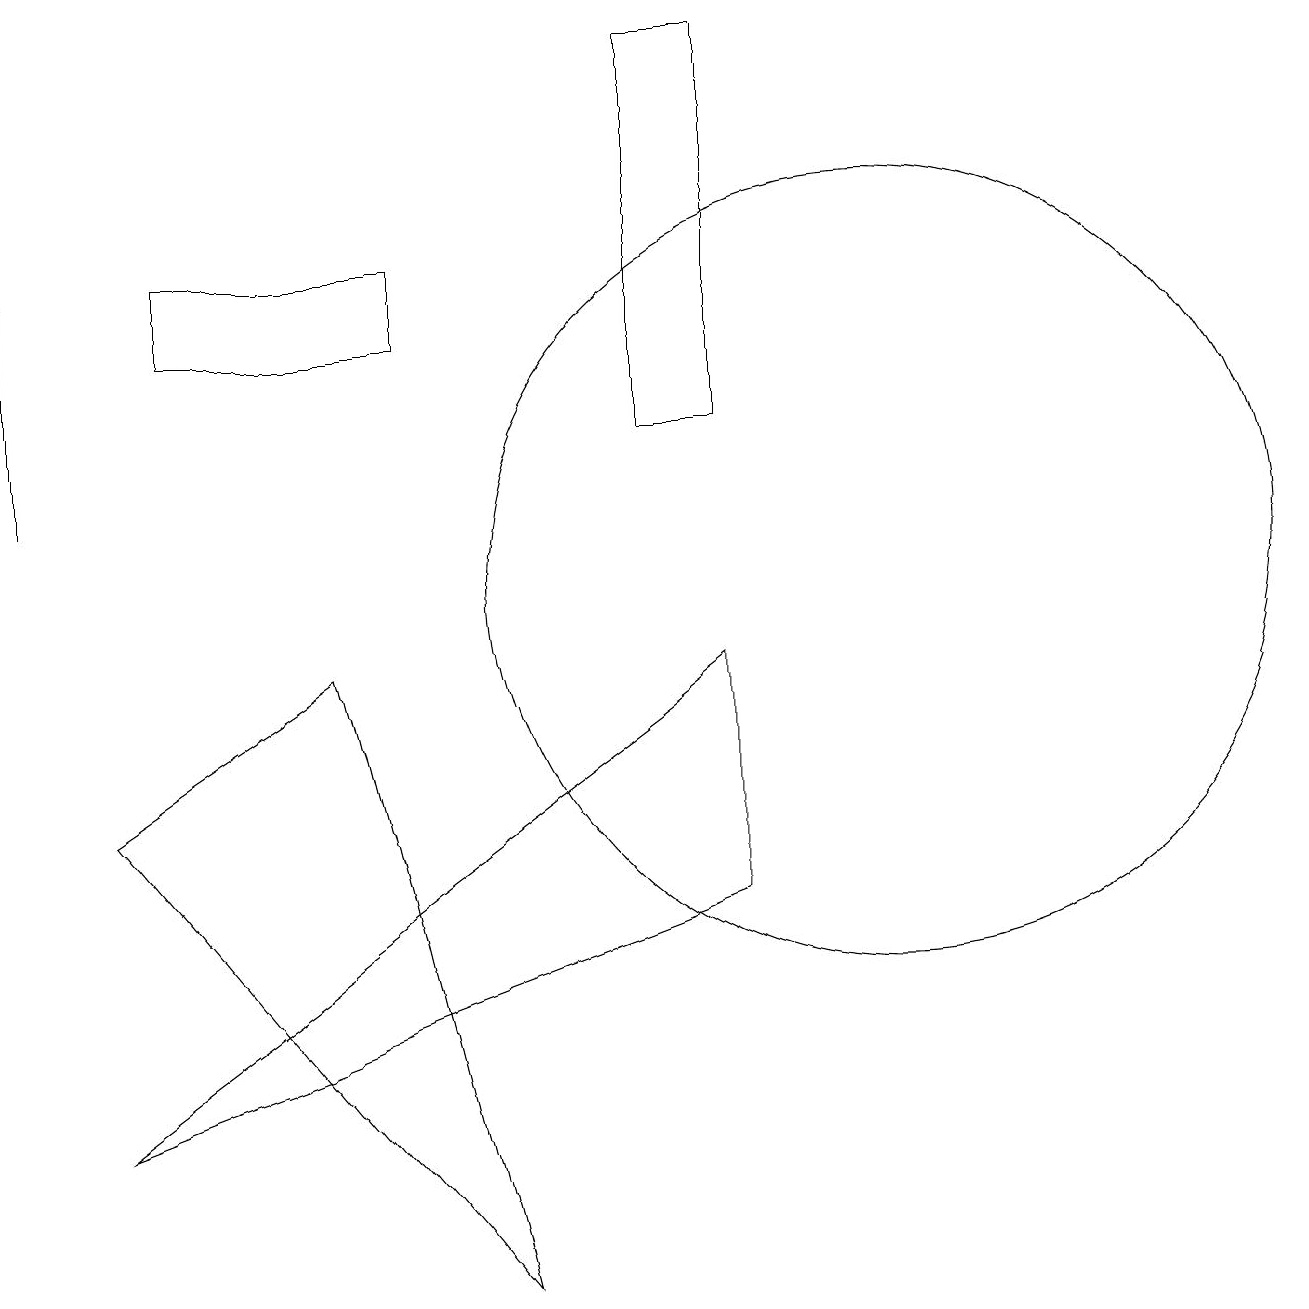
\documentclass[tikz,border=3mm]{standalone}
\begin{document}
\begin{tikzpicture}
\draw[->] (0,11) -- (0,14);
\draw (2,13) rectangle (5,14);
\draw (9,6) -- (9,9) -- (1,3) -- cycle;
\draw (1,7) -- (4,9) -- (6,1) -- cycle;
\draw (8,12) rectangle (9,17);
\draw (11,10) circle (5);
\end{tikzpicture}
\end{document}